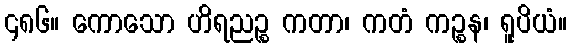
၄၈၆။ ကောသော ဟိရညဉ္စ ကတာ၊ ကတံ ကဉ္စန၊ ရူပိယံ။